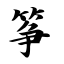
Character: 筝